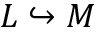
L \hookrightarrow M